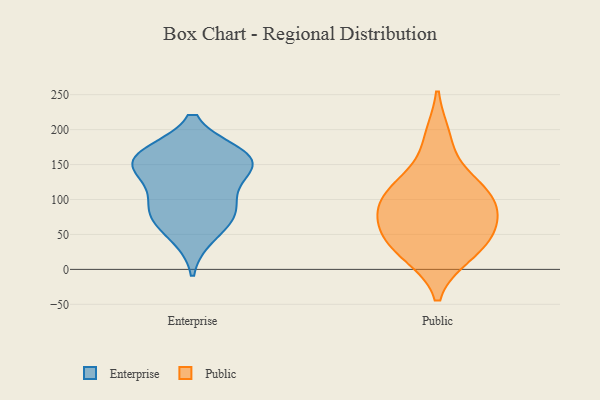
{"axis": {"x": "Operating Costs (USD K)", "y": "Value"}, "legend": ["Enterprise", "Public"], "data": [{"x": "", "y": 79, "type": "Enterprise"}, {"x": "", "y": 164, "type": "Enterprise"}, {"x": "", "y": 151, "type": "Enterprise"}, {"x": "", "y": 84, "type": "Enterprise"}, {"x": "", "y": 48, "type": "Enterprise"}, {"x": "", "y": 151, "type": "Enterprise"}, {"x": "", "y": 85, "type": "Enterprise"}, {"x": "", "y": 123, "type": "Enterprise"}, {"x": "", "y": 163, "type": "Enterprise"}, {"x": "", "y": 156, "type": "Enterprise"}, {"x": "", "y": 114, "type": "Public"}, {"x": "", "y": 188, "type": "Public"}, {"x": "", "y": 69, "type": "Public"}, {"x": "", "y": 27, "type": "Public"}, {"x": "", "y": 99, "type": "Public"}, {"x": "", "y": 47, "type": "Public"}, {"x": "", "y": 62, "type": "Public"}, {"x": "", "y": 22, "type": "Public"}, {"x": "", "y": 95, "type": "Public"}, {"x": "", "y": 124, "type": "Public"}]}